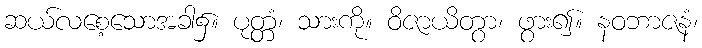
ဆယ်လစေ့သောအခါ၌။ ပုတ္တံ၊ သားကို။ ဝိဇာယိတွာ၊ ဖွား၍။ နဝဘာဇနံ၊